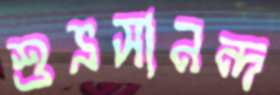
শুভ্রসানন্দ